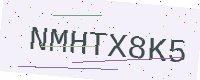
Text: NMHTX8K5